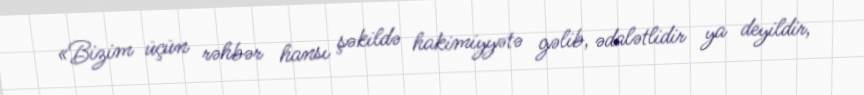
«Bizim üçün rəhbər hansı şəkildə hakimiyyətə gəlib, ədalətlidir ya deyildir,